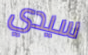
سيدي